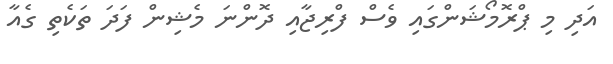
އަދި މި ޕްރޮމޯޝަންގައި ވެސް ފްރިޖާއި ދޮންނަ މެޝިން ފަދަ ތަކެތި ގެއާ